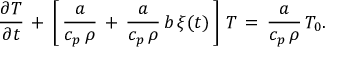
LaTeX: \frac { \partial T } { \partial t } \, + \, \left[ \, \frac { a } { c _ { p } \, \rho } \, + \, \frac { a } { c _ { p } \, \rho } \, b \, \xi ( t ) \, \right] \, T \, = \, \frac { a } { c _ { p } \, \rho } \, T _ { 0 } .